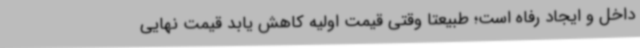
داخل و ایجاد رفاه است؛ طبیعتا وقتی قیمت اولیه کاهش یابد قیمت نهایی